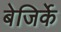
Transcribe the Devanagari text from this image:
बेजिर्के